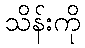
သိန်းကို